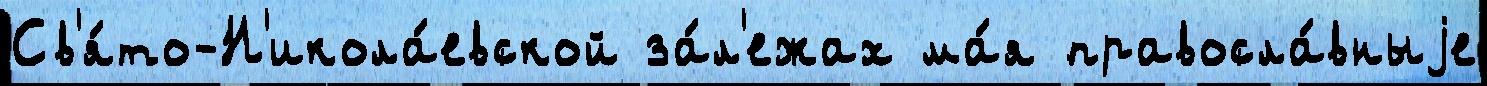
Св'я́то-Н'икола́евской за́л'ежах ма́я правосла́вныjе